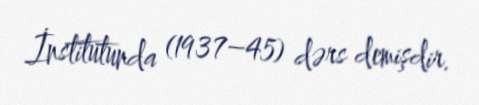
İnstitutunda (1937–45) dərs demişdir.